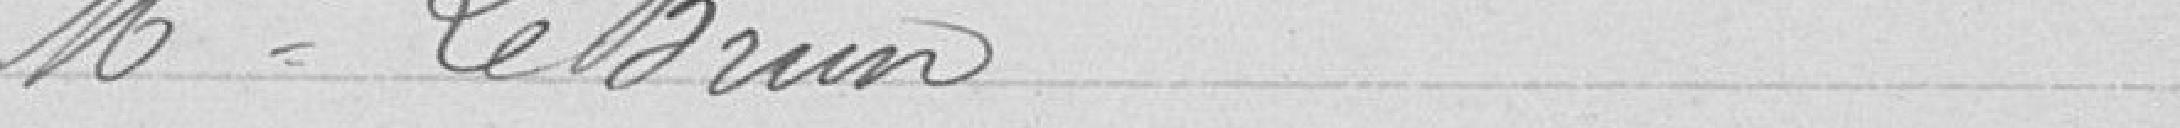
Mme LeBrun